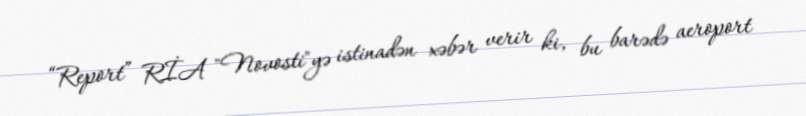
“Report” RİA "Novosti"yə istinadən xəbər verir ki, bu barədə aeroport